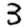
Digit: 3